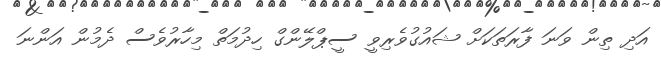
އަދި ތިން ވަނަ ފާރަތަކަށް ޝައުގުވެރިވީ ސީޕްލޭންގް ހިދުމަތް މިހާރުވެސް ދެމުން އަންނަ